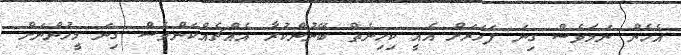
އެެހެން ނަމަވެސް ގިނަ ފަހަރަށް އެއީ ކިހިނެތް ބޭނުންކުރާ އެއްޗެއްކަންވެސް ގިނަ މީހުންނަށް